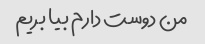
من دوست دارم بیا بریم